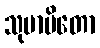
သုမာပိတော